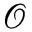
\mathcal O